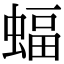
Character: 蝠